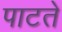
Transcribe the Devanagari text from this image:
पाटते